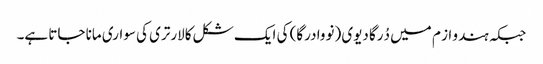
جبکہ ہندو از م میں دُرگا دیوی (نووا درگا) کی ایک شکل کالارتری کی سواری مانا جاتا ہے۔